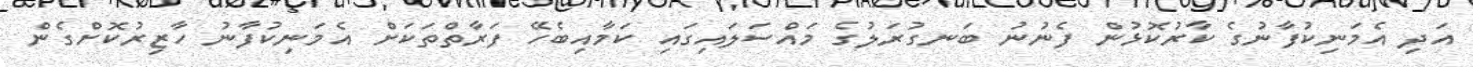
އަދި އެމަނިކުފާނުގެ ކާރުކޮޅުން ފެނުނު ބަނގުރަލުގެ މައްސަލައިގައި ކަމާއިބެހޭ ފަރާތްތަކަށް އެމަނިކުފާނު ހާޒިރުކޮށްގެން